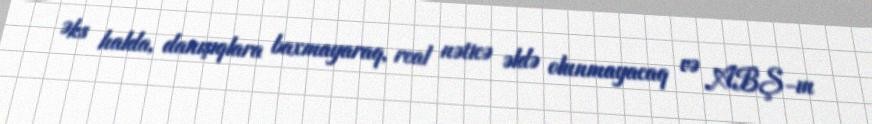
Əks halda, danışıqlara baxmayaraq, real nəticə əldə olunmayacaq və ABŞ-ın